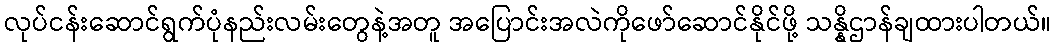
လုပ်ငန်းဆောင်ရွက်ပုံနည်းလမ်းတွေနဲ့အတူ အပြောင်းအလဲကိုဖော်ဆောင်နိုင်ဖို့ သန္နိဌာန်ချထားပါတယ်။